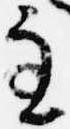
主